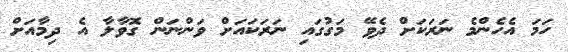
ހަމަ އެހެންމެ ނަރަކަށް ދެވޭ މަގުގައި ނަރަކައަށް ވަންނަން ގޮވާލާ އެ ދިމާއަށް